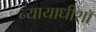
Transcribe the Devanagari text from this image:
न्यायाधीशॉ